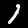
Digit: 1